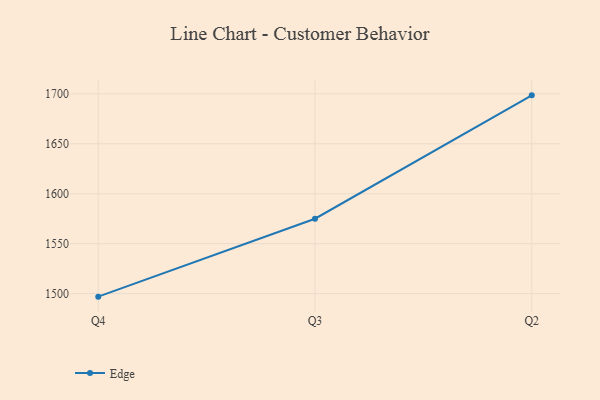
{"axis": {"x": "Quarter", "y": "Gross Profit (USD K)"}, "legend": ["Edge"], "data": [{"x": "Q4", "y": 1497.0, "type": "Edge"}, {"x": "Q3", "y": 1575.0, "type": "Edge"}, {"x": "Q2", "y": 1698.5, "type": "Edge"}]}